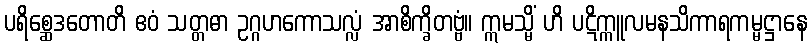
ပရိစ္ဆေဒတောတိ ဧဝံ သတ္တဓာ ဥဂ္ဂဟကောသလ္လံ အာစိက္ခိတဗ္ဗံ။ ဣမသ္မိံ ဟိ ပဋိက္ကူလမနသိကာရကမ္မဋ္ဌာနေ